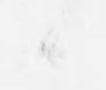
候